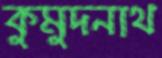
কুমুদনাথ